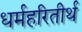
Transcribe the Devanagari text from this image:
धर्महरितीर्थ